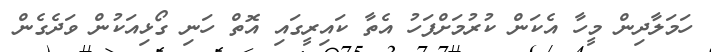
ހަމަލާދިން މީހާ އެކަން ކުރުމަށްފަހު އެތާ ކައިރީގައި އޮތް ހަނި ގޯޅިއަކުން ވަދެގެން